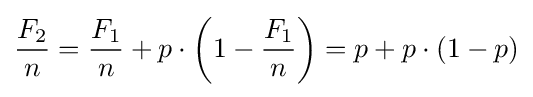
{\frac {F_{2}}{n}}={\frac {F_{1}}{n}}+p\cdot \left(1-{\frac {F_{1}}{n}}\right)=p+p\cdot \left(1-p\right)